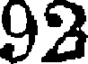
92